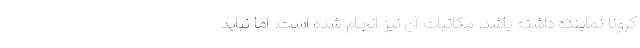
کرونا نماینده داشته باشد. مکاتبات آن نیز انجام شده است. اما نباید